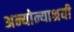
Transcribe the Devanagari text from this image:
अन्योन्याश्रयी